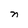
Character: n